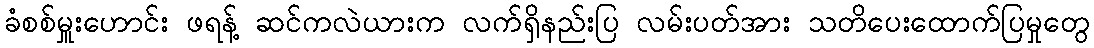
ခံစစ်မှူးဟောင်း ဖရန့် ဆင်ကလဲယားက လက်ရှိနည်းပြ လမ်းပတ်အား သတိပေးထောက်ပြမှုတွေ